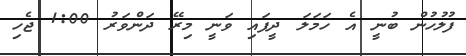
ފުލުހުން ބުނީ އެ ހަމަލަ ދީފައި ވަނީ މިރޭ ދަންވަރު 1:00 ޖެހި